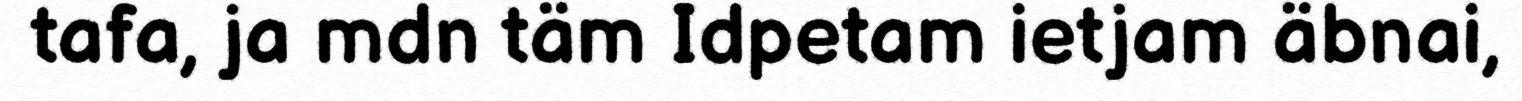
tafa, ja mdn täm Idpetam ietjam äbnai,